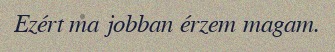
Ezért ma jobban érzem magam.